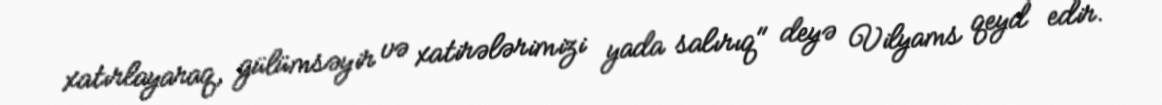
xatırlayaraq, gülümsəyir və xatirələrimizi yada salırıq" deyə Vilyams qeyd edir.